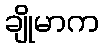
ချိုမာက